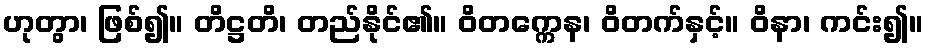
ဟုတွာ၊ ဖြစ်၍။ တိဋ္ဌတိ၊ တည်နိုင်၏။ ဝိတက္ကေန၊ ဝိတက်နှင့်။ ဝိနာ၊ ကင်း၍။